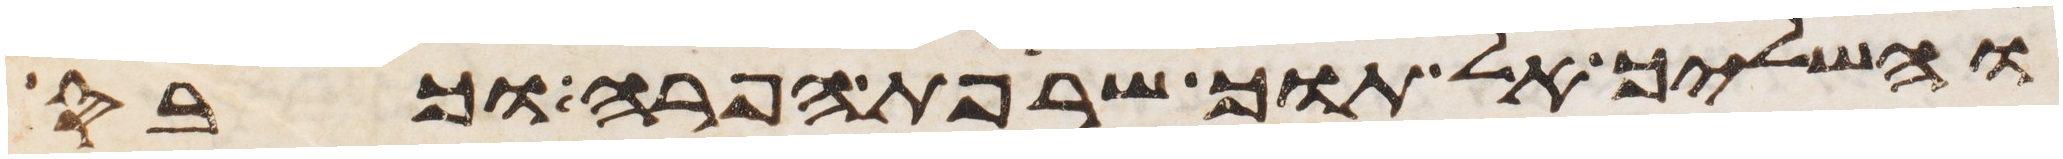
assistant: והשליך אל תוך שרפת הפרה וכבס